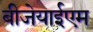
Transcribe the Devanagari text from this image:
बीजेयाईएम